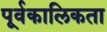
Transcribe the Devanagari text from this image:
पूर्वकालिकता